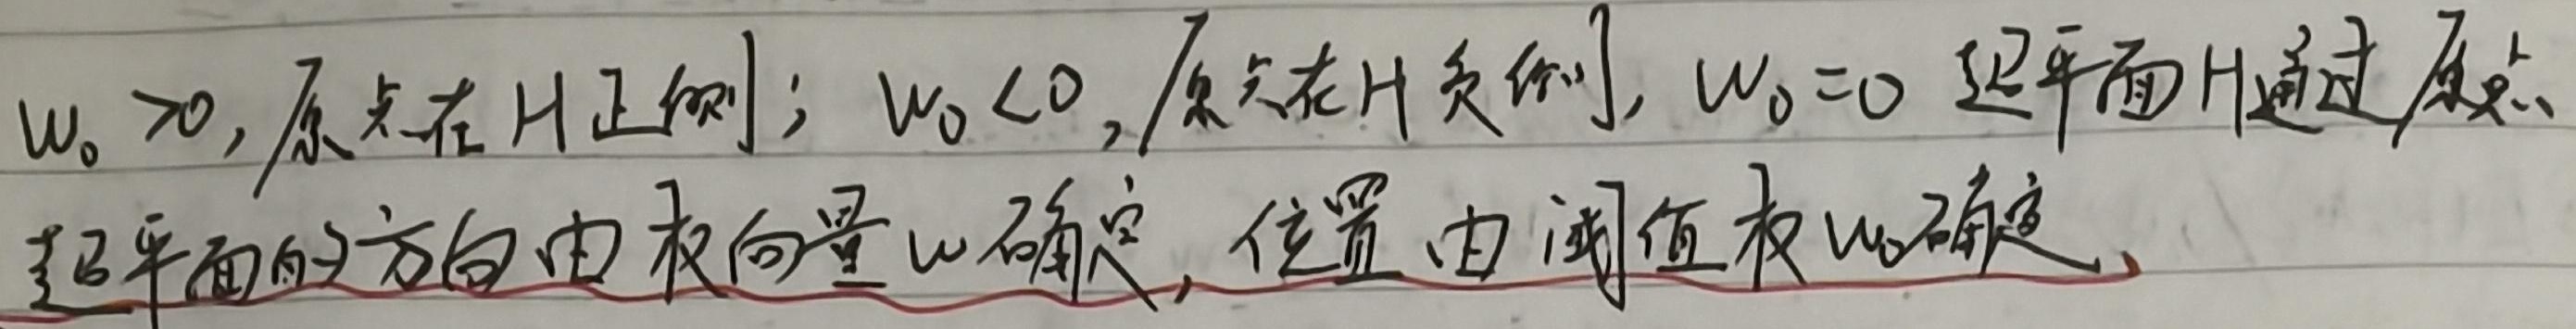
当\(w_0 > 0\)时，原点在\(H\)正侧；当\(w_0 < 0\)时，原点在\(H\)负侧；当\(w_0 = 0\)时，超平面\(H\)通过原点。超平面的方向由权向量\(w\)确定，位置由阈值权\(w_0\)确定。